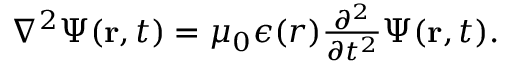
\begin{array} { r } { \nabla ^ { 2 } { \Psi } ( { \bf r } , t ) = \mu _ { 0 } \epsilon ( r ) \frac { \partial ^ { 2 } } { \partial t ^ { 2 } } { \Psi } ( { \bf r } , t ) . } \end{array}